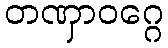
တဏှာဝဂ္ဂေ